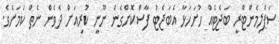
ސަޕްލިމެންޓްރީ ބަޖެޓެއް ހުށަހަޅާ އެބަޖެޓު ފާސްކޮށްގެން ނޫނީ ކުރިއަށް ދެވެން ނެތް ކަމަށެވެ.